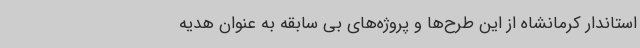
استاندار کرمانشاه از این طرح‌ها و پروژه‌های بی سابقه به عنوان هدیه